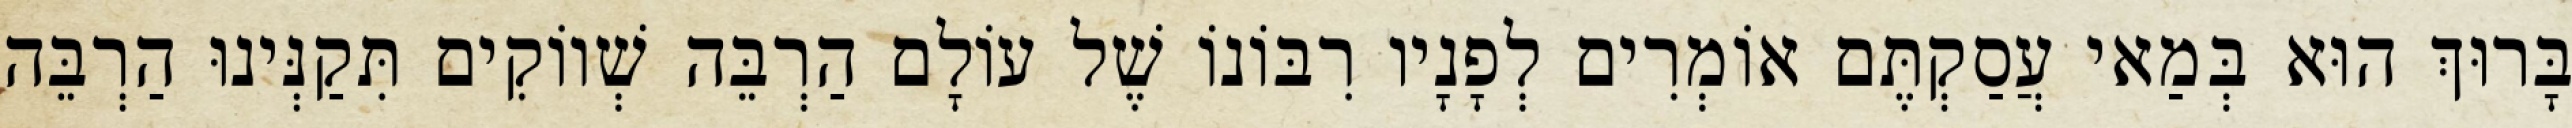
בָּרוּךְ הוּא בְּמַאי עֲסַקְתֶּם אוֹמְרִים לְפָנָיו רִבּוֹנוֹ שֶׁל עוֹלָם הַרְבֵּה שְׁווֹקִים תִּקַנְּינוּ הַרְבֵּה